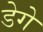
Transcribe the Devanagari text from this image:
डेगे